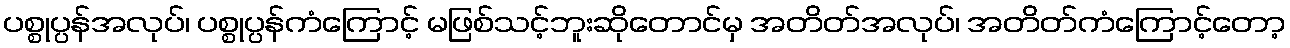
ပစ္စုပ္ပန်အလုပ်၊ ပစ္စုပ္ပန်ကံကြောင့် မဖြစ်သင့်ဘူးဆိုတောင်မှ အတိတ်အလုပ်၊ အတိတ်ကံကြောင့်တော့